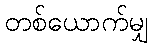
တစ်ယောက်မျှ